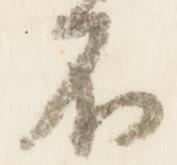
不